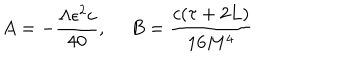
A = - \frac { \Lambda \epsilon ^ { 2 } c } { 4 0 } , ~ ~ B = \frac { c ( \tau + 2 L ) } { 1 6 M ^ { 4 } }